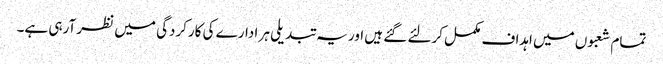
تمام شعبوں میں اہداف مکمل کرلئے گئے ہیں اور یہ تبدیلی ہر ادارے کی کارکردگی میں نظر آرہی ہے۔